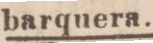
barquera.